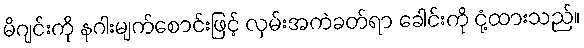
မိဂျင်းကို နဂါးမျက်စောင်းဖြင့် လှမ်းအကဲခတ်ရာ ခေါင်းကို ငုံ့ထားသည်။